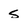
Character: 5